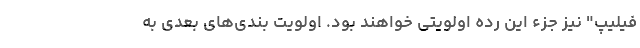
فیلیپ" نیز جزء این رده اولویتی خواهند بود. اولویت بندی‌های بعدی به